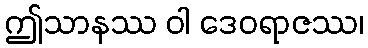
ဤသာနဿ ဝါ ဒေဝရာဇဿ၊